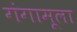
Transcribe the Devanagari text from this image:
गंगामूला